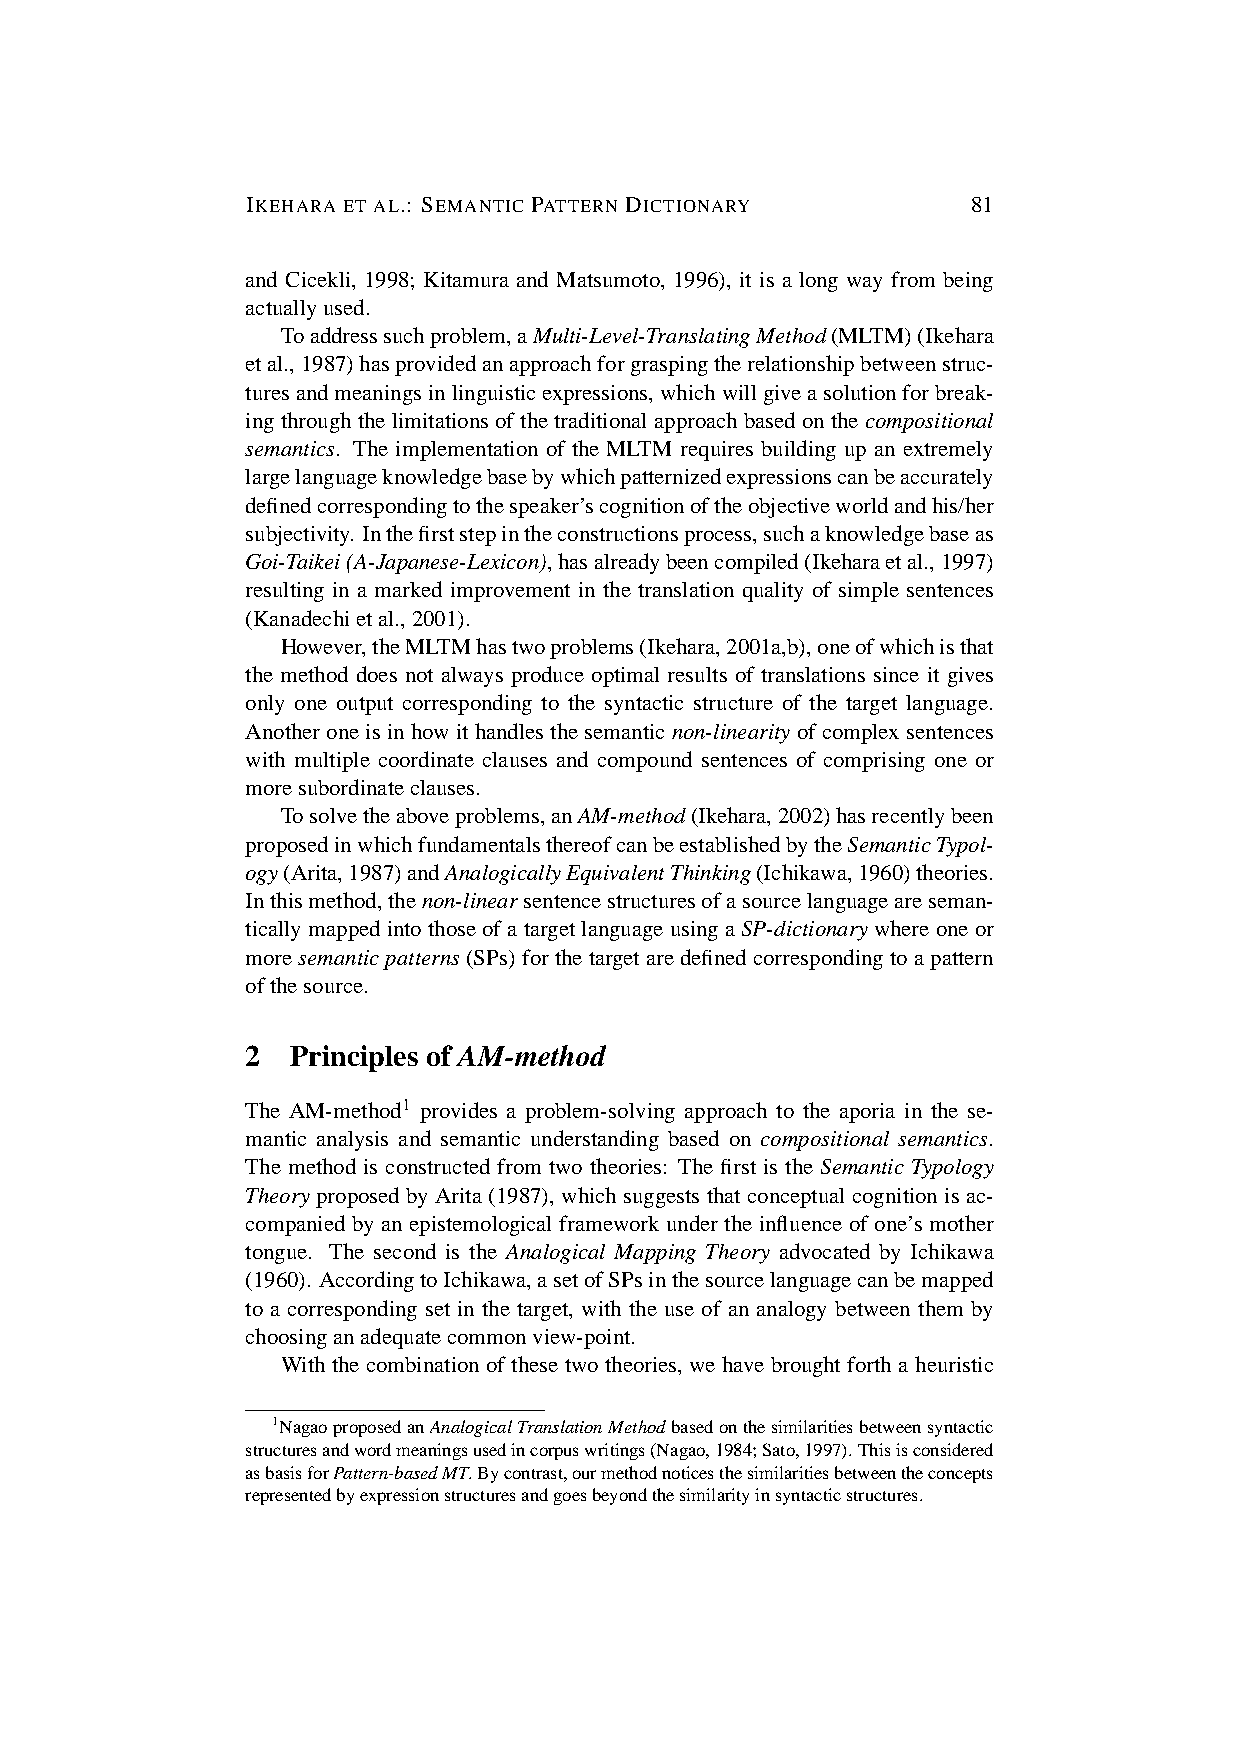
IKEHARA ET AL.: SEMANTIC PATTERN DICTIONARY     81
 and Cicekli, 1998; Kitamura and Matsumoto, 1996), it is a long way from being
 actuallyused.
 Toaddresssuchproblem,aMulti-Level-TranslatingMethod(MLTM)(Ikehara
 etal.,1987)hasprovidedanapproachforgraspingtherelationshipbetweenstruc-
 turesandmeaningsinlinguisticexpressions,whichwillgiveasolutionforbreak-
 ingthroughthelimitationsofthetraditionalapproachbasedonthecompositional
 semantics. The implementation of the MLTM requires building up an extremely
 largelanguageknowledgebasebywhichpatternizedexpressionscanbeaccurately
 definedcorrespondingtothespeaker’scognitionoftheobjectiveworldandhis/her
 subjectivity. Inthefirststepintheconstructionsprocess,suchaknowledgebaseas
 Goi-Taikei(A-Japanese-Lexicon),hasalreadybeencompiled(Ikeharaetal.,1997)
 resulting in a marked improvement in the translation quality of simple sentences
 (Kanadechietal.,2001).
 However,theMLTMhastwoproblems(Ikehara,2001a,b),oneofwhichisthat
 the method does not always produce optimal results of translations since it gives
 only one output corresponding to the syntactic structure of the target language.
 Another one is in how it handles the semantic non-linearity of complex sentences
 with multiple coordinate clauses and compound sentences of comprising one or
 moresubordinateclauses.
 Tosolvetheaboveproblems,anAM-method(Ikehara,2002)hasrecentlybeen
 proposedinwhichfundamentalsthereofcanbeestablishedbytheSemanticTypol-
 ogy(Arita,1987)andAnalogicallyEquivalentThinking(Ichikawa,1960)theories.
 Inthismethod,thenon-linearsentencestructuresofasourcelanguageareseman-
 ticallymappedintothoseofatargetlanguageusingaSP-dictionarywhereoneor
 moresemanticpatterns (SPs)forthetargetaredefined correspondingtoapattern
 ofthesource.
 2  Principles of AM-method
 The AM-method1 provides a problem-solving approach to the aporia in the se-
 mantic analysis and semantic understanding based on compositional semantics.
 The method is constructed from two theories: The first is the Semantic Typology
 Theory proposed by Arita (1987), which suggests that conceptual cognition is ac-
 companied by an epistemological framework under the influence of one’s mother
 tongue. The second is the Analogical Mapping Theory advocated by Ichikawa
 (1960). AccordingtoIchikawa,asetofSPsinthesourcelanguagecanbemapped
 to a corresponding set in the target, with the use of an analogy between them by
 choosinganadequatecommonview-point.
 With the combination of these two theories, we have brought forth a heuristic
 1NagaoproposedanAnalogicalTranslationMethodbasedonthesimilaritiesbetweensyntactic
 structuresandwordmeaningsusedincorpuswritings(Nagao,1984;Sato,1997).Thisisconsidered
 asbasisforPattern-basedMT.Bycontrast,ourmethodnoticesthesimilaritiesbetweentheconcepts
 representedbyexpressionstructuresandgoesbeyondthesimilarityinsyntacticstructures.